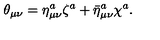
\theta _ { \mu \nu } = \eta _ { \mu \nu } ^ { a } \zeta ^ { a } + { \bar { \eta } } _ { \mu \nu } ^ { a } \chi ^ { a } .